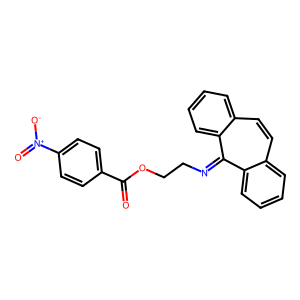
SMILES: O=C(OCCN=c1c2ccccc2ccc2ccccc12)c1ccc([N+](=O)[O-])cc1
Inhibits HIV replication: No